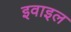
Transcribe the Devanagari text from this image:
इवाइल